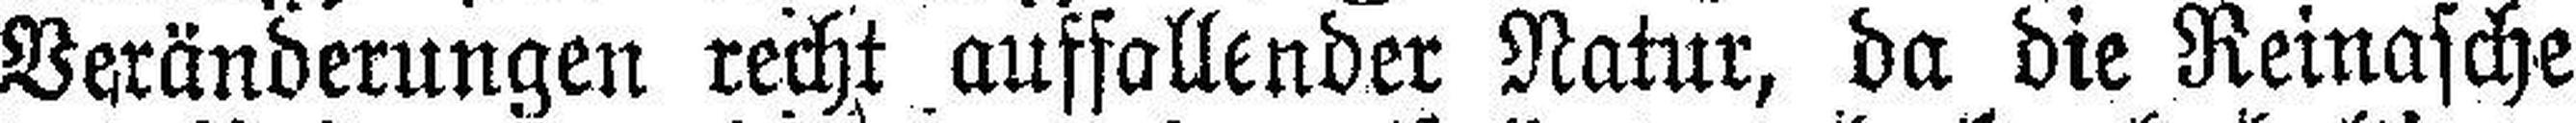
Veränderungen recht auffallender Natur, da die Reinasche